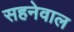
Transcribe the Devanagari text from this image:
सहनेवाल